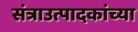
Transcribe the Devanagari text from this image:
संत्राउत्पादकांच्या